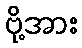
ဗို့အား